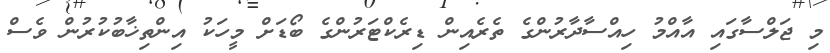
މި ޖަލްސާގައި އާއްމު ހިއްސާދާރުންގެ ތެރެއިން ޑިރެކްޓަރުންގެ ބޯޑަށް މީހަކު އިންތިޚާބުކުރުން ވެސް